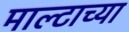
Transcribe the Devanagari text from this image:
माल्टाच्या